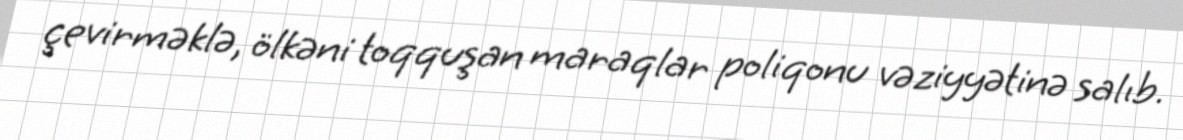
çevirməklə, ölkəni toqquşan maraqlar poliqonu vəziyyətinə salıb.